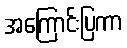
အကြောင်းပြကာ